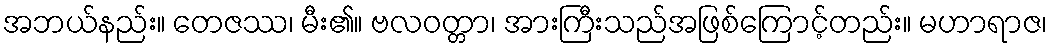
အဘယ်နည်း။ တေဇဿ၊ မီး၏။ ဗလဝတ္တာ၊ အားကြီးသည်အဖြစ်ကြောင့်တည်း။ မဟာရာဇ၊